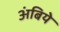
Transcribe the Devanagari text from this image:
अंबिये